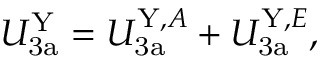
U _ { \mathrm { 3 a } } ^ { \mathrm { Y } } = U _ { \mathrm { 3 a } } ^ { \mathrm { Y } , A } + U _ { \mathrm { 3 a } } ^ { \mathrm { Y } , E } ,